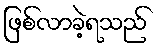
ဖြစ်လာခဲ့ရသည်